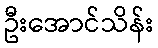
ဦးအောင်သိန်း